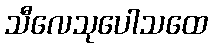
သီလေသုပေါသထေ